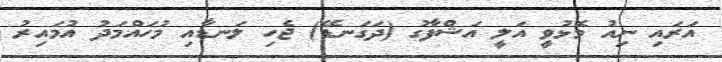
އަރައި ނިއު މޮޅުވީ އަލީ އަޝްފާގު (ދަގަނޑޭ) ޖެހި ލަނޑާއި މުހައްމަދު އުމައިރު